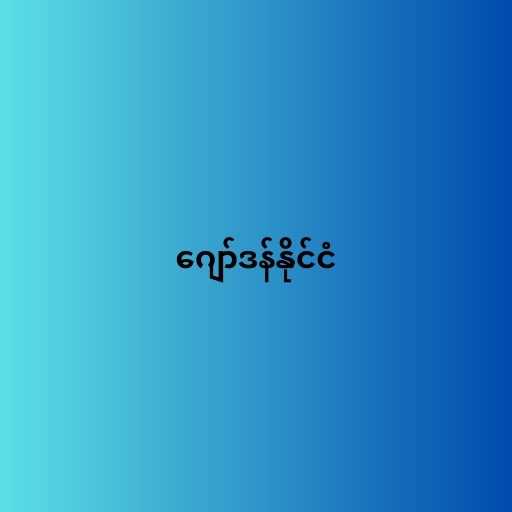
ဂျော်ဒန်နိုင်ငံ